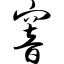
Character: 窨